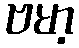
ဗမာ့